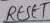
Text: RESET